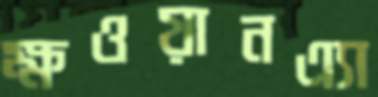
ক্ষওয়ানএ্যা